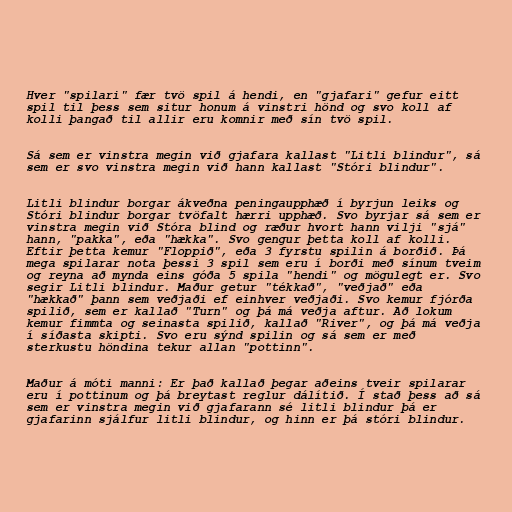
Hver "spilari" fær tvö spil á hendi, en "gjafari" gefur eitt
spil til þess sem situr honum á vinstri hönd og svo koll af
kolli þangað til allir eru komnir með sín tvö spil.

Sá sem er vinstra megin við gjafara kallast "Litli blindur", sá
sem er svo vinstra megin við hann kallast "Stóri blindur".

Litli blindur borgar ákveðna peningaupphæð í byrjun leiks og
Stóri blindur borgar tvöfalt hærri upphæð. Svo byrjar sá sem er
vinstra megin við Stóra blind og ræður hvort hann vilji "sjá"
hann, "pakka", eða "hækka". Svo gengur þetta koll af kolli.
Eftir þetta kemur "Floppið", eða 3 fyrstu spilin á borðið. Þá
mega spilarar nota þessi 3 spil sem eru í borði með sínum tveim
og reyna að mynda eins góða 5 spila "hendi" og mögulegt er. Svo
segir Litli blindur. Maður getur "tékkað", "veðjað" eða
"hækkað" þann sem veðjaði ef einhver veðjaði. Svo kemur fjórða
spilið, sem er kallað "Turn" og þá má veðja aftur. Að lokum
kemur fimmta og seinasta spilið, kallað "River", og þá má veðja
í síðasta skipti. Svo eru sýnd spilin og sá sem er með
sterkustu höndina tekur allan "pottinn".

Maður á móti manni: Er það kallað þegar aðeins tveir spilarar
eru í pottinum og þá breytast reglur dálítið. Í stað þess að sá
sem er vinstra megin við gjafarann sé litli blindur þá er
gjafarinn sjálfur litli blindur, og hinn er þá stóri blindur.